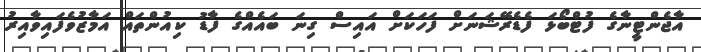
އާޖެންޓީނާގެ ފުޓްބޯޅަ ފެޑެރޭޝަނަށް ފަހަކަށް އައިސް ގިނަ ބައެއްގެ ފާޑު ކިއުންތައް އަމާޒުވެފައިވާއިރު